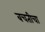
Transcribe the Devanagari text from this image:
बचतीचा